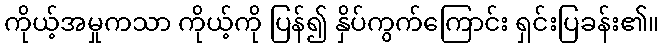
ကိုယ့်အမှုကသာ ကိုယ့်ကို ပြန်၍ နှိပ်ကွက်ကြောင်း ရှင်းပြခန်း၏။